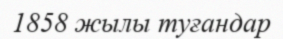
1858 жылы туғандар